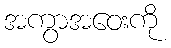
အကွာအဝေးကို